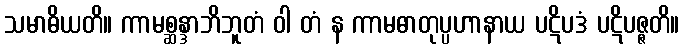
သမာဓိယတိ။ ကာမစ္ဆန္ဒာဘိဘူတံ ဝါ တံ န ကာမဓာတုပ္ပဟာနာယ ပဋိပဒံ ပဋိပဇ္ဇတိ။